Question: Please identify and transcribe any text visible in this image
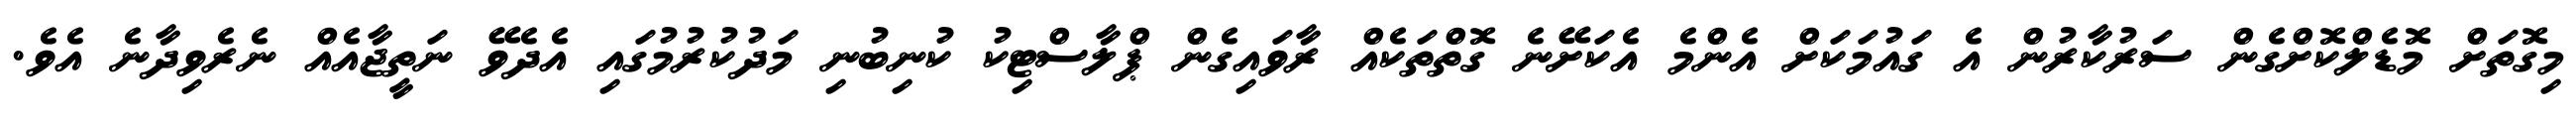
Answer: މިގޮތަށް މޮޑެލްކޮށްގެން ސަރުކާރުން އެ ގައުމަކަށް އެންމެ އެކަށޭނެ ގޮތްތަކެއް ރާވައިގެން ޕްލާސްޓިކު ކުނިބުނި މަދުކުރުމުގައި އެދެވޭ ނަތީޖާއެއް ނެރެވިދާނެ އެވެ.